Mental hospitals Bombay report 1929-33 - 1929-1933
Year: 1929
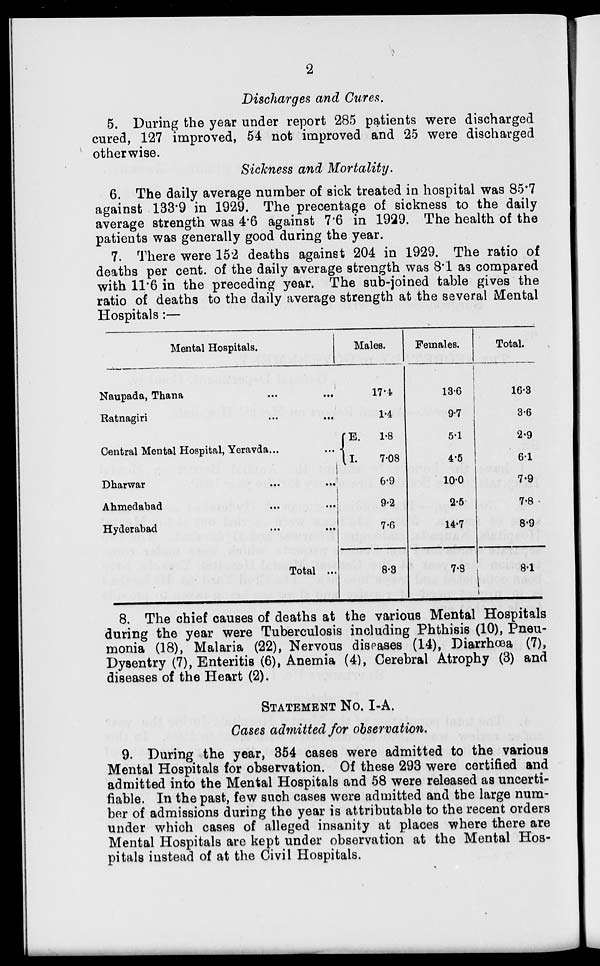
2
Discharges and Cures.
5. During the year under report 285 patients were discharged
cured, 127 improved, 54 not improved and 25 were discharged
otherwise.
Sickness and Mortality.
6. The daily average number of sick treated in hospital was 85.7
against 133.9 in 1929. The precentage of sickness to the daily
average strength was 4.6 against 7.6 in 1929. The health of the
patients was generally good during the year.
7. There were 152 deaths against 204 in 1929. The ratio of
deaths per cent. of the daily average strength was 8.1 as compared
with 11.6 in the preceding year. The sub-joined table gives the
ratio of deaths to the daily average strength at the several Mental
Hospitals :—
Mental Hospitals.
Naupada, Thana ... ...
Ratnagiri
Central Mental Hospital, Yeravda...
Dharwar
Ahmedabad
Hyderabad
Total ...
Males.
17.4
14
E.
1.8
I.
7.08
6.9
9.2
7.6
8.3
Females.
13.6
9.7
5.1
4.5
10.0
2.5
14.7
7.9
Total.
16.3
3.6
2.9
6-1
7.9
7.8
8.9
8.1
8. The chief causes of deaths at the various Mental Hospitals
during the year were Tuberculosis including Phthisis (10), Pneu-
monia (18), Malaria (22), Nervous diseases (14), Diarrhœa (7),
Dysentry (7), Enteritis (6), Anemia (4), Cerebral Atrophy (3) and
diseases of the Heart (2).
STATEMENT No. I-A.
Cases admitted for observation.
9. During the year, 354 cases were admitted to the various
Mental Hospitals for observation. Of these 293 were certified and
admitted into the Mental Hospitals and 58 were released as uncerti-
fiable. In the past, few such cases were admitted and the large num-
ber of admissions during the year is attributable to the recent orders
under which cases of alleged insanity at places where there are
Mental Hospitals are kept under observation at the Mental Hos-
pitals instead of at the Civil Hospitals.